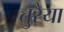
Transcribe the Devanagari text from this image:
तुरैया